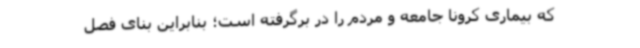
که بیماری کرونا جامعه و مردم را در برگرفته است؛ بنابراین بنای فصل